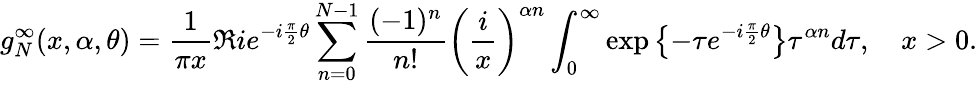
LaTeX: g_{N}^{\infty}(x,\alpha,\theta)=\frac{1}{\pi x}\Re ie^{-i\frac{\pi}{2}\theta}\sum_{n=0}^{N-1}\frac{(-1)^{n}}{n!}\left(\frac{i}{x}\right)^{\alpha n}\int_{0}^{\infty}\exp\left\{ -\tau e^{-i\frac{\pi}{2}\theta}\right\} \tau^{\alpha n}d\tau,\quad x>0.